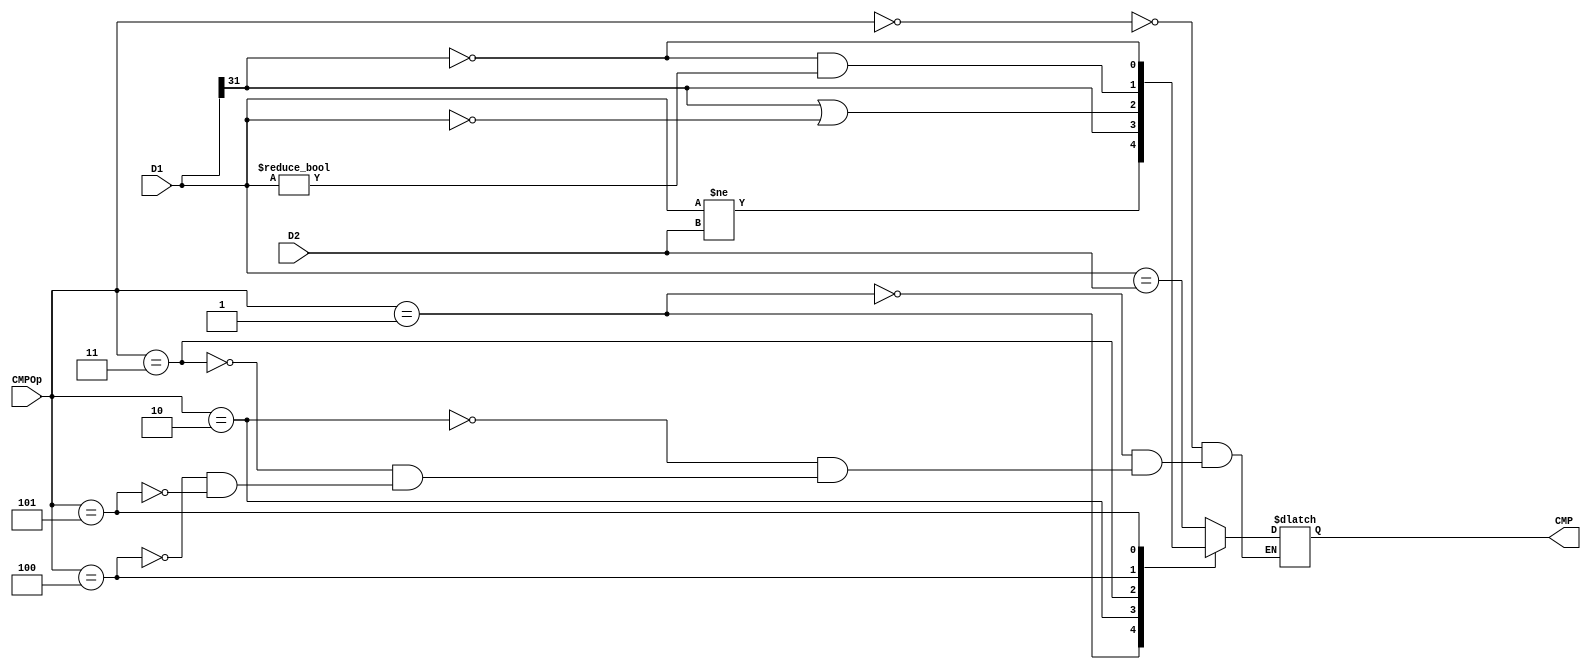
`timescale 1ns / 1ps
//////////////////////////////////////////////////////////////////////////////////
// Company: 
// Engineer: 
// 
// Design Name: 
// Module Name:    CMP 
// Project Name: 
// Target Devices: 
// Tool versions: 
// Description: 
//
// Dependencies: 
//
// Revision: 
// Revision 0.01 - File Created
// Additional Comments: 
//
//////////////////////////////////////////////////////////////////////////////////
module CMP(
    input [31:0] D1,
    input [31:0] D2,
	input [2:0] CMPOp,
    output reg CMP
    );

	always @ ( * ) begin
		case (CMPOp)
		3'b000: CMP <= (D1==D2);
		3'b001: CMP <= (D1!=D2);
		3'b010: CMP <= (D1[31]==1);
		3'b011: CMP <= (D1[31]==1)||(D1==32'h00000000);
		3'b100: CMP <= (D1[31]==0)&&(D1!=32'h00000000);
		3'b101: CMP <= (D1[31]==0);
		endcase
	end
	
endmodule